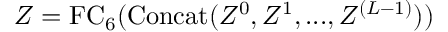
Z = \mathrm { F C } _ { 6 } ( \mathrm { C o n c a t } ( Z ^ { 0 } , Z ^ { 1 } , . . . , Z ^ { ( L - 1 ) } ) )